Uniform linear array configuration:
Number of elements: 12
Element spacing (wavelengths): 0.75
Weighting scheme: kaiser
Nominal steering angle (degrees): -15
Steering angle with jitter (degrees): -14.743
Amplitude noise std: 0.05
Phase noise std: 0.05

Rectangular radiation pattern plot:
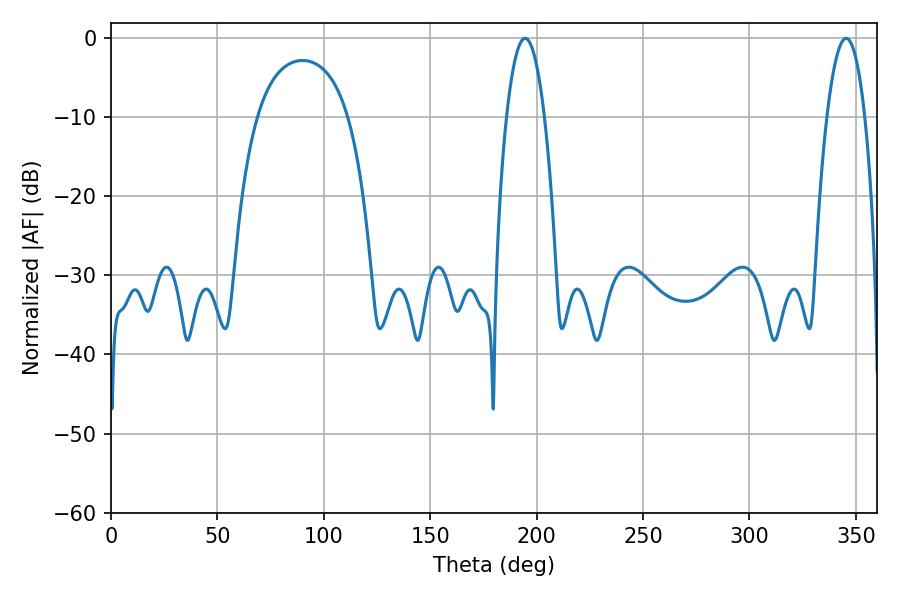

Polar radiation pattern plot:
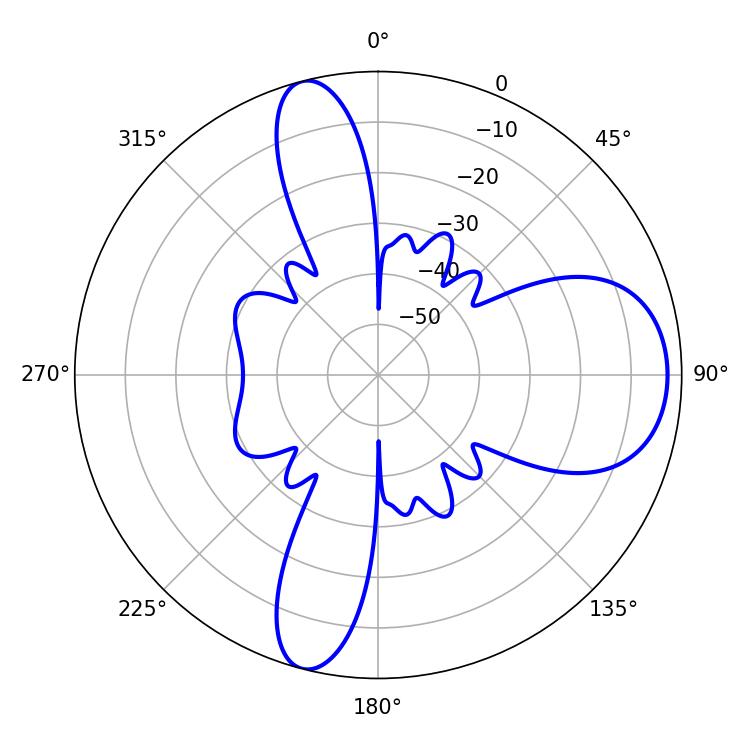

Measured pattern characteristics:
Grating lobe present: TRUE
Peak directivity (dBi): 10.498
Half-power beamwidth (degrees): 9.9
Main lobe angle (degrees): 194.58